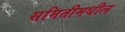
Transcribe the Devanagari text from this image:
समितीमधील